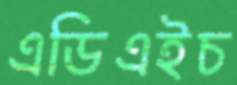
এডিএইচ